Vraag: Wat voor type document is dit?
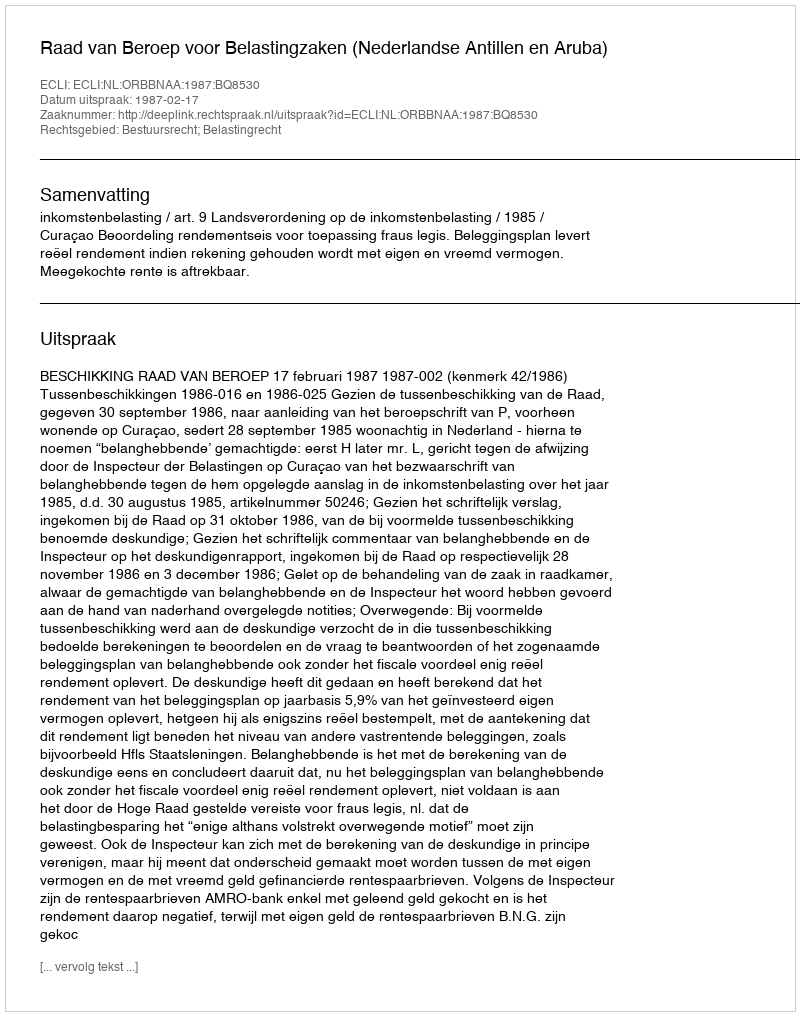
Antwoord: Uitspraak